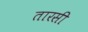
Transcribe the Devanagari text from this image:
तारसी